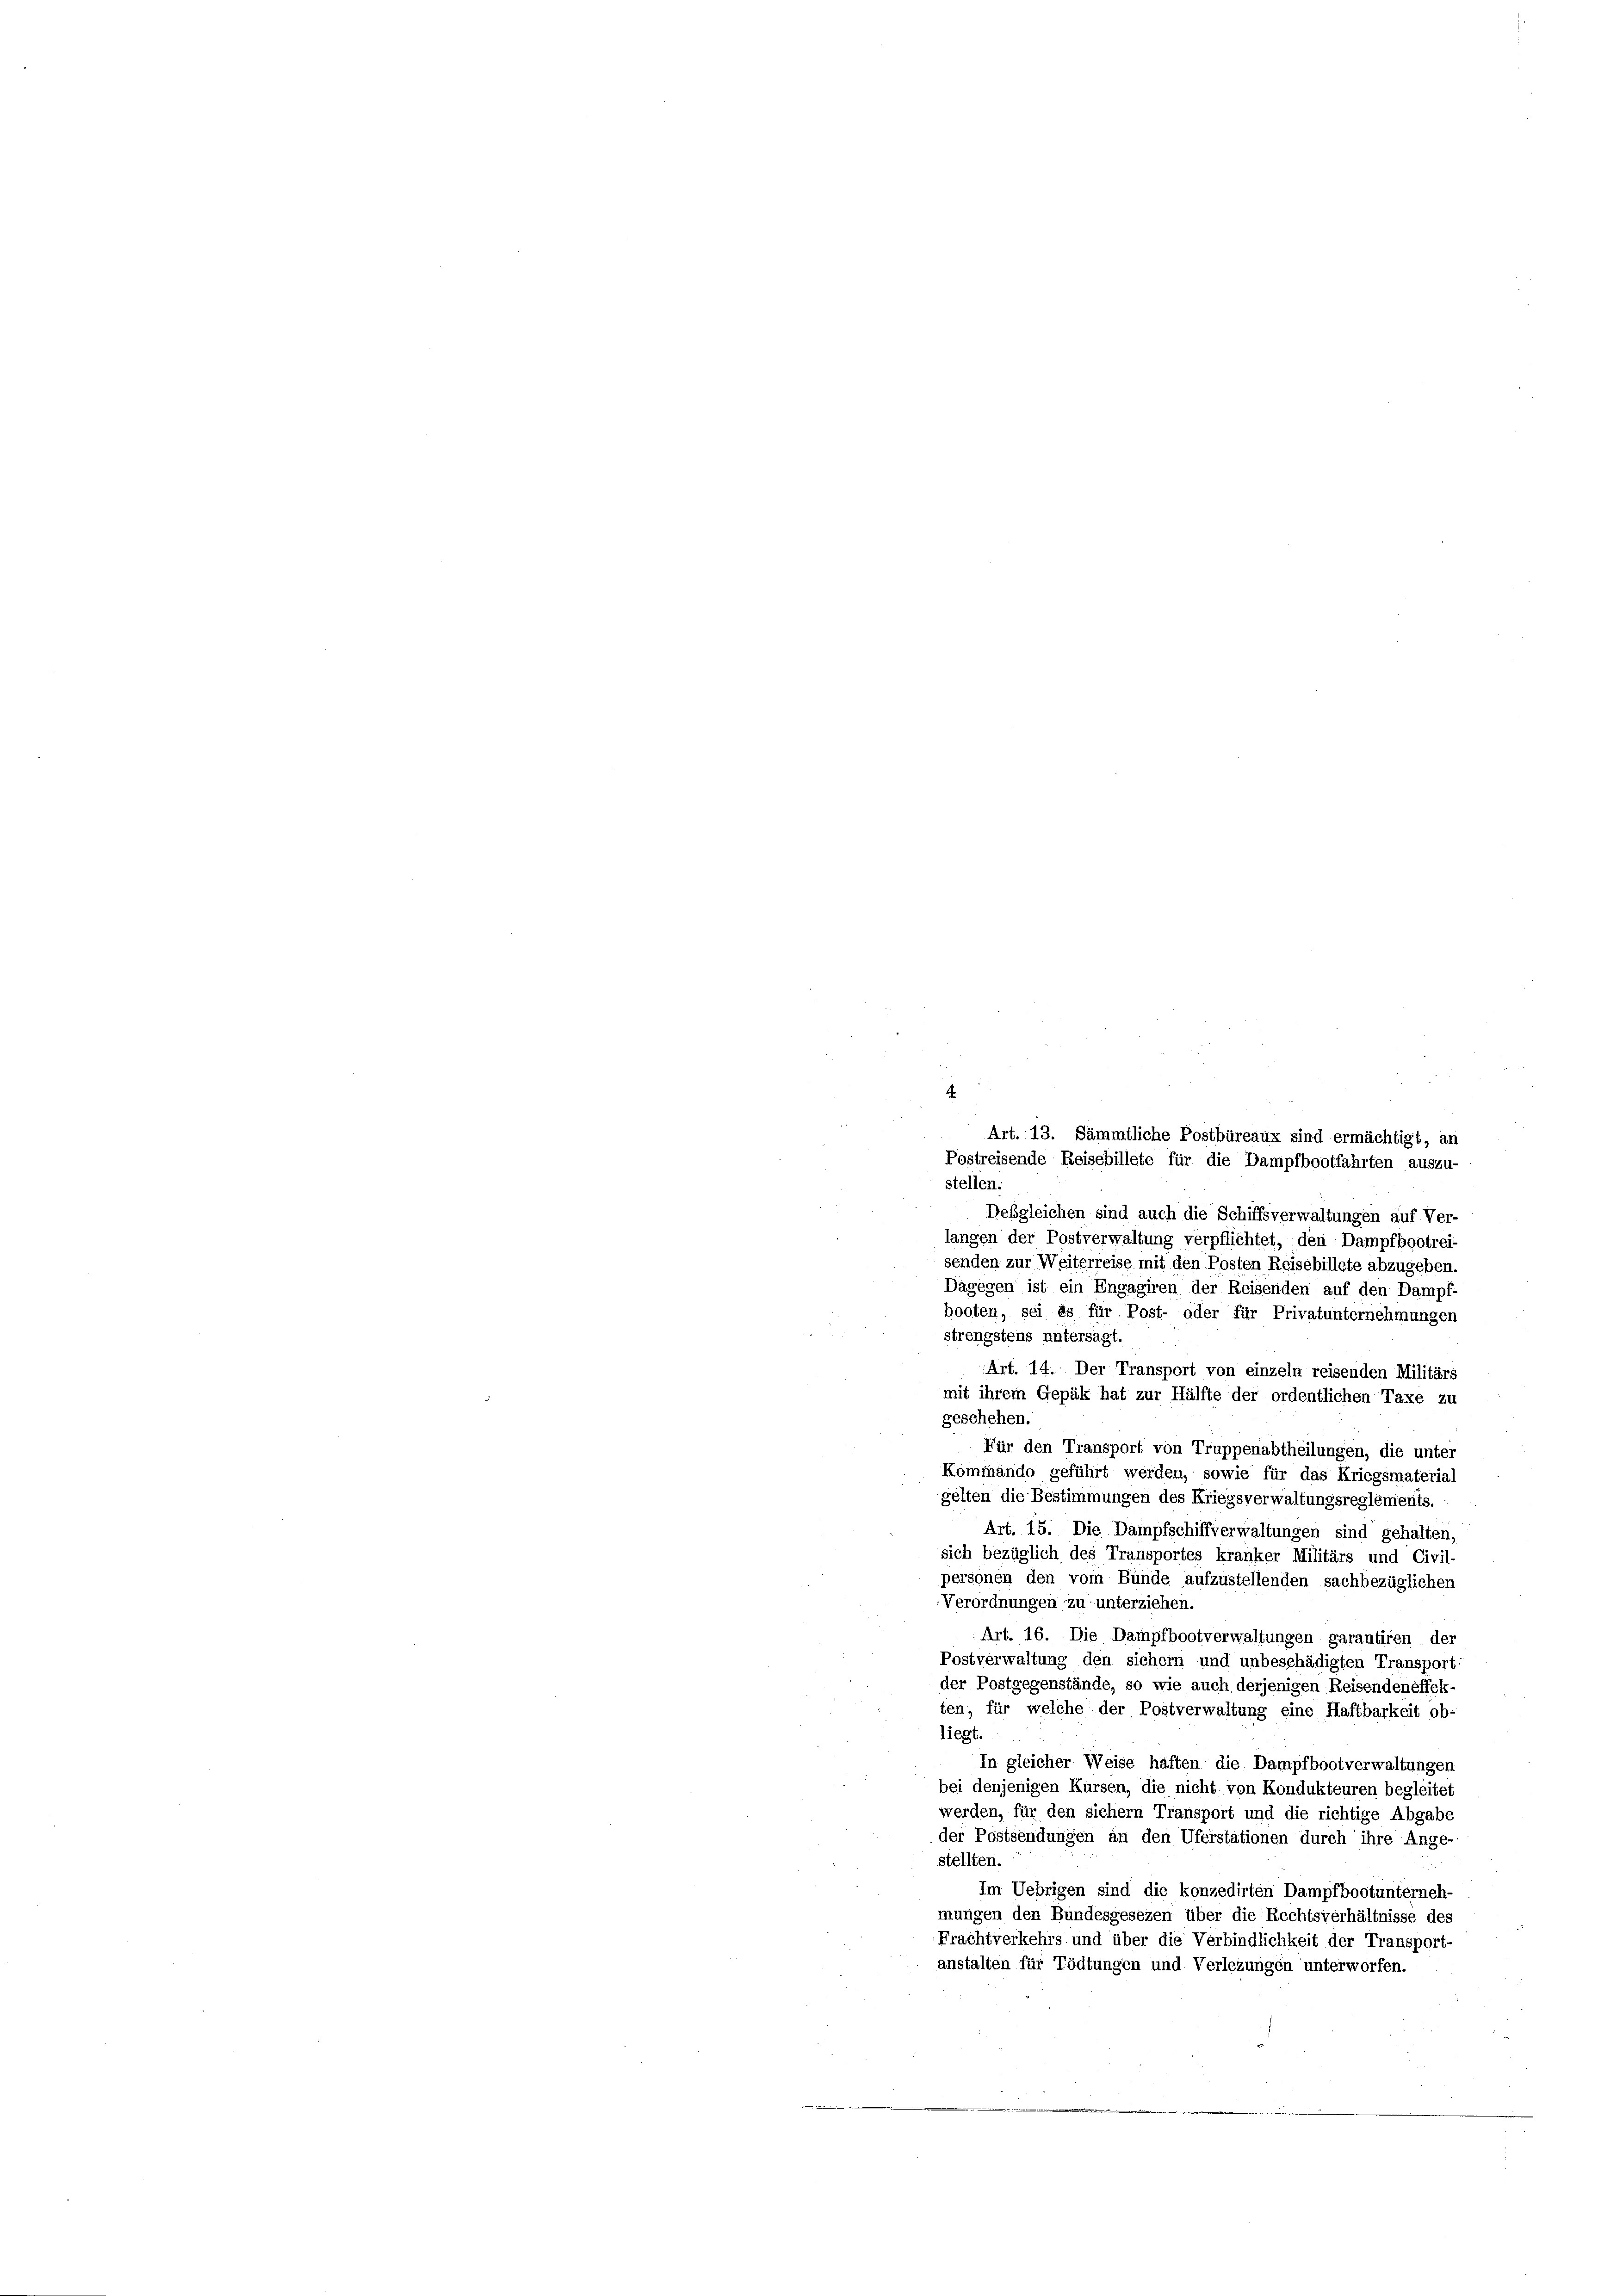
F
u
Desgleichen sind auch die Schiffsverwaltungen auf Ver-
langen der Postverwaltung verpflichtet, den Dampfbootreisenden zur Weiterreise mit den Posten Reisebillete abzugeben.
Dagegen ist ein Engagiren der Reisenden auf den Dampf-
booten, sei es für Post- oder für Privatunternehmungen
2
strengstens untersagt.
Art. 14. Der Transport von einzeln reisenden Militärs
mit ihrem Gepäk hat zur Hälfte der ordentlichen Taxe zu
geschehen.
Für den Transport von Truppenabtheilungen, die unter
Kommando geführt werden, sowie für das Kriegsmaterial
gelten die Bestimmungen des Kriegsverwaltungsreglements.
Art. 15. Die Dampfschiffverwaltungen sind gehalten,
sich bezüglich des Transportes kranker Militärs und Civil-
personen den vom Bunde aufzustellenden sachbezüglichen
Verordnungen zu unterziehen.
Art. 16. Die Dampfbootverwaltungen garantiren der
Postverwaltung den sichern und unbeschädigten Transport:
der Postgegenstände, so wie auch derjenigen Reisendeneffekten, für welche der Postverwaltung eine Haftbarkeit ob-
liegt.
In gleicher Weise haften die Dampfbootverwaltungen
bei denjenigen Kursen, die nicht von Kondukteuren begleitet
werden, für den sichern Transport und die richtige Abgabe
der Postsendungen an den Uferstationen durch ihre Ange-
stellten.
Im Uebrigen sind die konzedirten Dampfbootunterneh-
mungen den Bundesgesezen über die Rechtsverhältnisse des
Frachtverkehrs und über die Verbindlichkeit der Transport-
anstalten für Tödtungen und Verlegungen unterworfen.

Art. 13. Sämmtliche Postbüreaux sind ermächtigt, an
Postreisende Reisebillete für die Dampfbootfahrten auszu-
stellen.